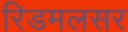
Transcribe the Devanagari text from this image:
रिडमलसर